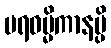
ပရဓမ္မိကာနမ္ပိ